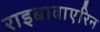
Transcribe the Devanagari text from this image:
राइबावाएरिन